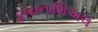
ફાયનાશિઅલ